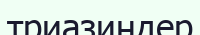
триазиндер